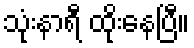
သုံးနာရီ ထိုးနေပြီ။